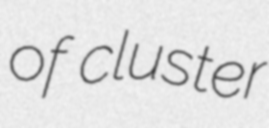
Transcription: of cluster